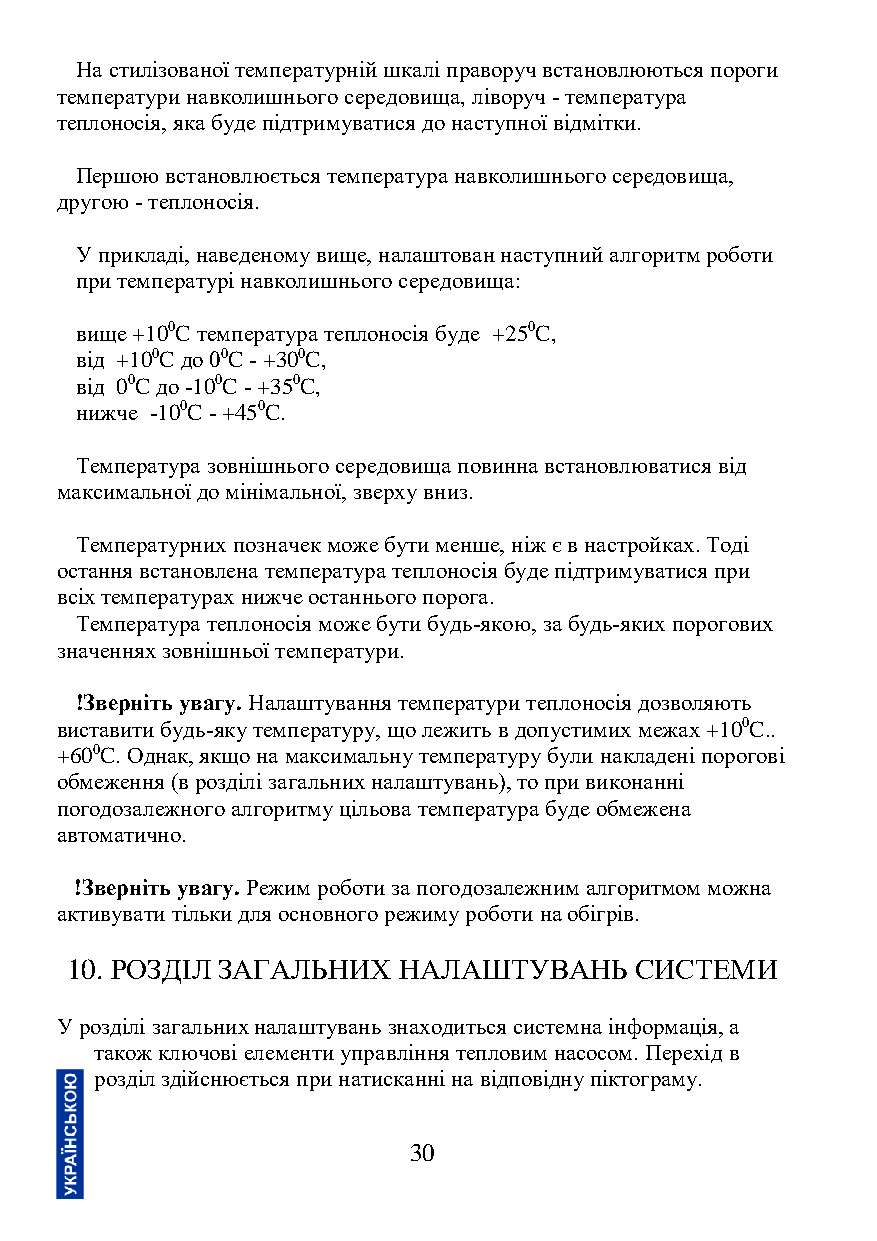
На стилізованої температурній шкалі праворуч встановлюються пороги
 температури навколишнього середовища, ліворуч - температура
 теплоносія, яка буде підтримуватися до наступної відмітки.
 Першою встановлюється температура навколишнього середовища,
 другою - теплоносія.
 У прикладі, наведеному вище, налаштован наступний алгоритм роботи
 при температурі навколишнього середовища:
 вище +100C температура теплоносія буде +250C,
 від +100C до 00C - +300C,
 від 00C до -100C - +350C,
 нижче -100C - +450C.
 Температура зовнішнього середовища повинна встановлюватися від
 максимальної до мінімальної, зверху вниз.
 Температурних позначек може бути менше, ніж є в настройках. Тоді
 остання встановлена температура теплоносія буде підтримуватися при
 всіх температурах нижче останнього порога.
 Температура теплоносія може бути будь-якою, за будь-яких порогових
 значеннях зовнішньої температури.
 !Зверніть увагу. Налаштування температури теплоносія дозволяють
 виставити будь-яку температуру, що лежить в допустимих межах +100C..
 +600C. Однак, якщо на максимальну температуру були накладені порогові
 обмеження (в розділі загальних налаштувань), то при виконанні
 погодозалежного алгоритму цільова температура буде обмежена
 автоматично.
 !Зверніть увагу. Режим роботи за погодозалежним алгоритмом можна
 активувати тільки для основного режиму роботи на обігрів.
 10. РОЗДІЛ ЗАГАЛЬНИХ  НАЛАШТУВАНЬ     СИСТЕМИ
 У розділі загальних налаштувань знаходиться системна інформація, а
 також ключові елементи управління тепловим насосом. Перехід в
 розділ здійснюється при натисканні на відповідну піктограму.
 30